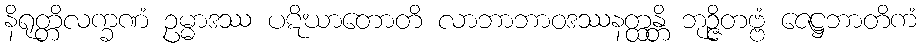
နိရုတ္တိလက္ခဏံ ဥမ္မာဒဿ ပဋိဃာတောတိ လာဘာဘာဝဒဿနတ္ထန္တိ ဘုဉ္ဇိတဗ္ဗံ ဇေဋ္ဌဘာတိကံ